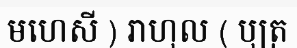
មហេសី ) រាហុល ( បុត្រ